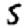
Digit: 5